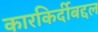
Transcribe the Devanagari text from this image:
कारकिर्दीबद्दल